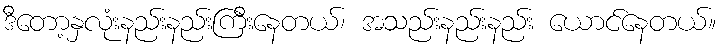
ဒီတော့နှလုံးနည်းနည်းကြီးနေတယ်၊ အသည်းနည်းနည်း ယောင်နေတယ်။